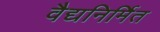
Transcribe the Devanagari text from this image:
वैद्यनिर्मित